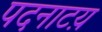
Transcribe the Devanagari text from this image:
पदनाटय़